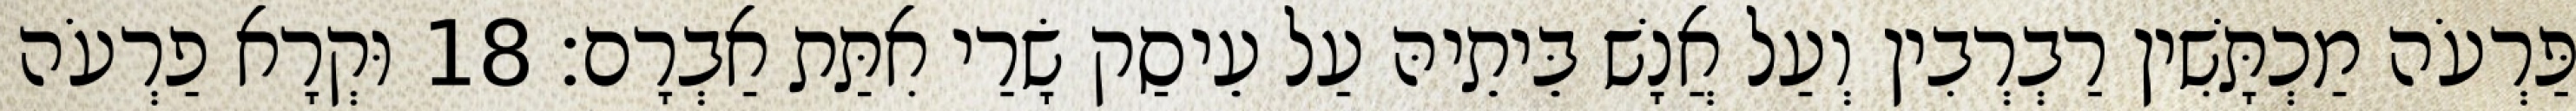
פַּרְעֹה מַכְתָּשִׁין רַבְרְבִין וְעַל אֲנָשׁ בֵּיתֵיהּ עַל עֵיסַק שָׂרַי אִתַּת אַבְרָם׃ 18 וּקְרָא פַרְעֹה